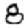
Digit: 8